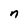
Character: n